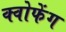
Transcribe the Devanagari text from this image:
क्वोफेंग